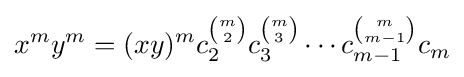
x^{m}y^{m}=(xy)^{m}c_{2}^{\binom {m}{2}}c_{3}^{\binom {m}{3}}\cdots c_{m-1}^{\binom {m}{m-1}}c_{m}